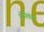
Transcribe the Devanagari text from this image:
योनिकंडु